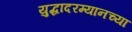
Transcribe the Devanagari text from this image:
युद्धादरम्यानच्या